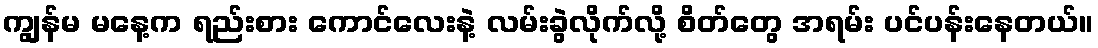
ကျွန်မ မနေ့က ရည်းစား ကောင်လေးနဲ့ လမ်းခွဲလိုက်လို့ စိတ်တွေ အရမ်း ပင်ပန်းနေတယ်။